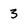
Character: 3